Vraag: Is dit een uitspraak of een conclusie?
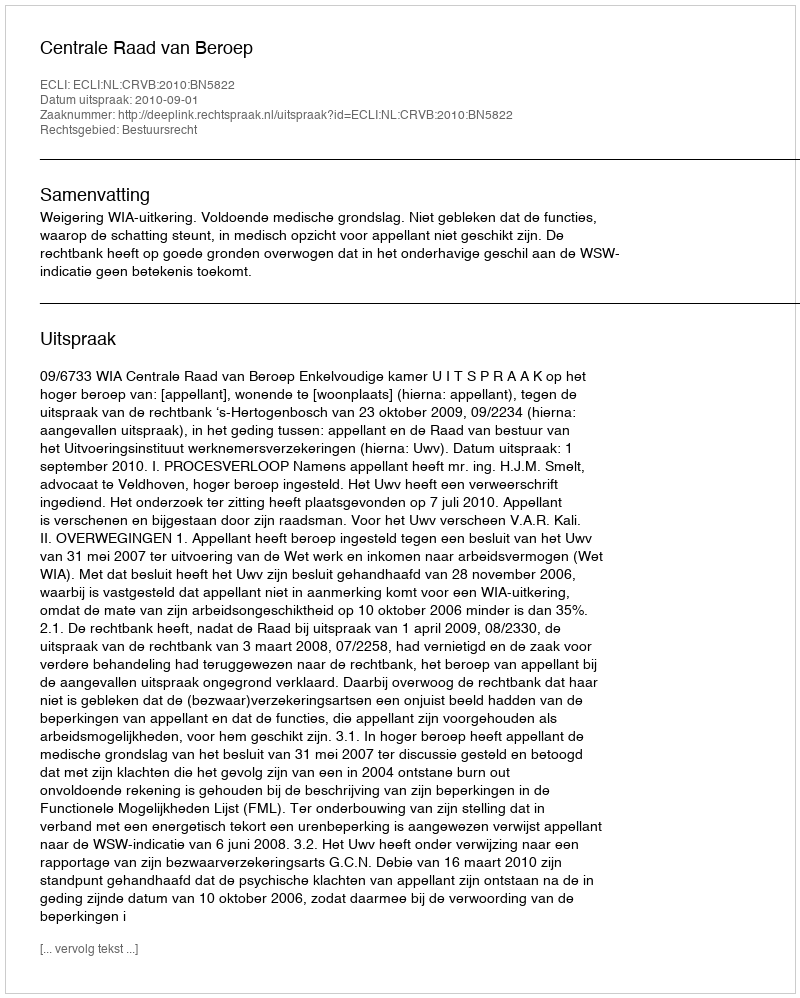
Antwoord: Uitspraak